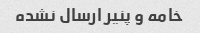
خامه و پنیر ارسال نشده